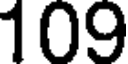
109